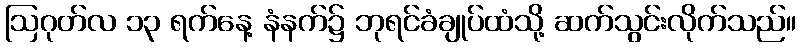
ဩဂုတ်လ ၁၃ ရက်နေ့ နံနက်၌ ဘုရင်ခံချုပ်ထံသို့ ဆက်သွင်းလိုက်သည်။